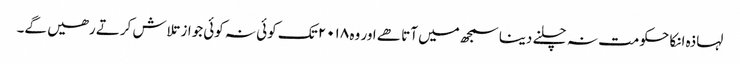
لہاذہ انکا حکومت نہ چلنے دینا سمجھ میں آتا ھے اور وہ ۲۰۱۸ تک کوئی نہ کوئی جواز تلاش کرتے رھیں گے۔